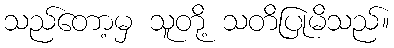
သည်တော့မှ သူတို့ သတိပြုမိသည်။